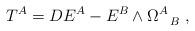
LaTeX: \begin{align*}T^A = D E^A - E^B \wedge \Omega^A_{~~B}~,\end{align*}